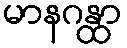
မာနဂန္ထာ